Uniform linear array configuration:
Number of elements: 8
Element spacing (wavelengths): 0.25
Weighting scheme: uniform
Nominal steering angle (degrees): -60
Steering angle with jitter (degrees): -61.527
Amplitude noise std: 0.05
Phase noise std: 0.05

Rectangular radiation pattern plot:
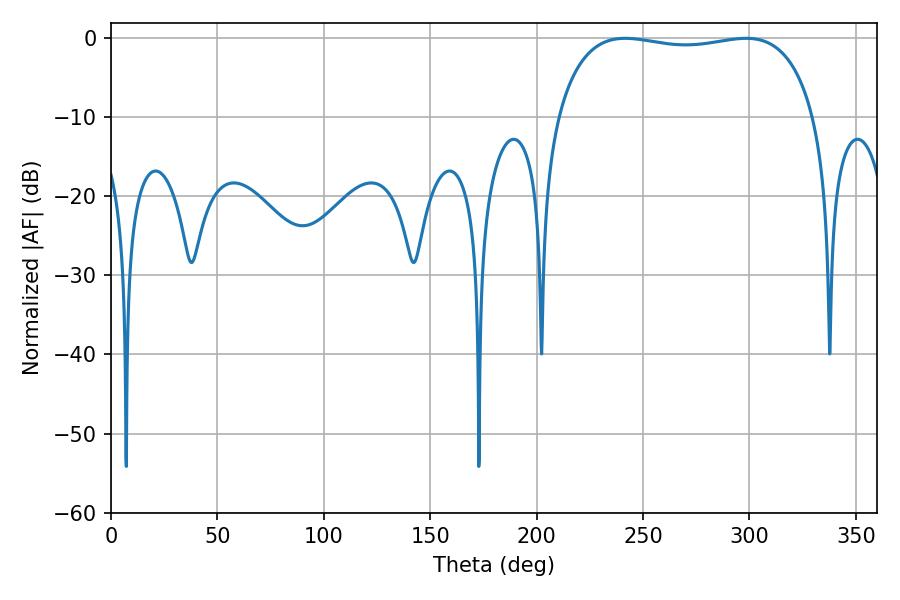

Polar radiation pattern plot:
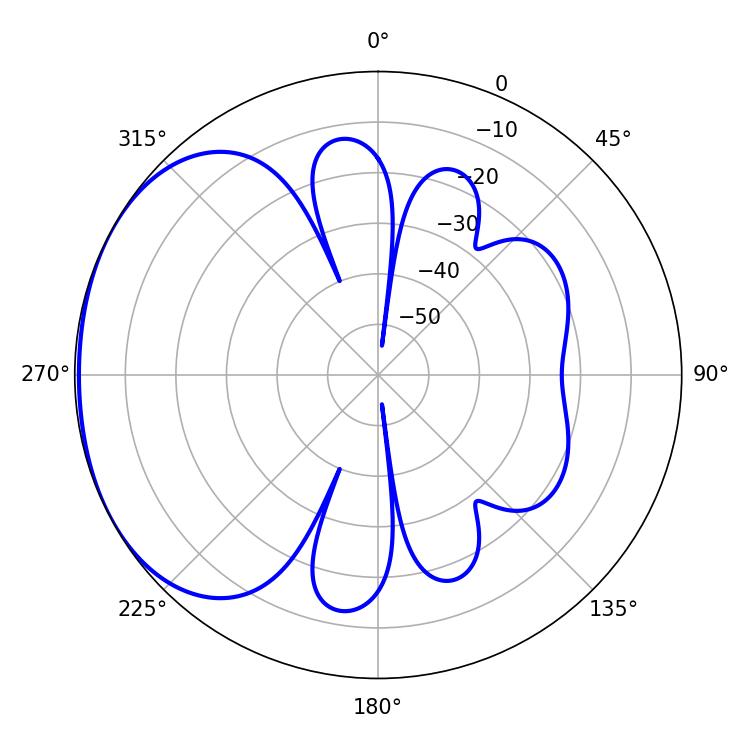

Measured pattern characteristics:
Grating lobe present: FALSE
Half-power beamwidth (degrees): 97.92
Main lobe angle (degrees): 241.56